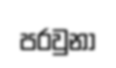
පරවුනා